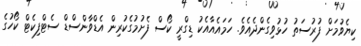
ކިޔެވުމަށް ފުރުސަތު ހުޅުވިގެންދެއެވެ. ހަމައެއާއެކު ޑިގްރީ ކޯސް ފެށުމުގެކުރިން އެޑްވާންސްޑް ސެޓްފިކެޓް ކޯހުގެ